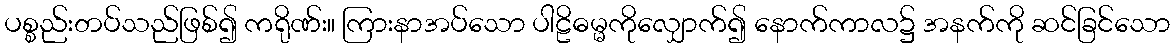
ပစ္စည်းတပ်သည်ဖြစ်၍ ကရိုဏ်း။ ကြားနာအပ်သော ပါဠိဓမ္မကိုလျှောက်၍ နောက်ကာလ၌ အနက်ကို ဆင်ခြင်သော